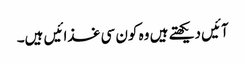
آئیں دیکھتے ہیں وہ کون سی غذائیں ہیں۔